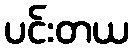
ပင်းတယ